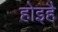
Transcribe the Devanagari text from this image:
होइहै